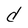
Character: d